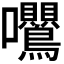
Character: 𭍕